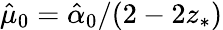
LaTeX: \hat{\mu}_{0}=\hat{\alpha}_{0}/(2-2z_{*})